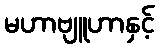
မဟာဗျူဟာနှင့်